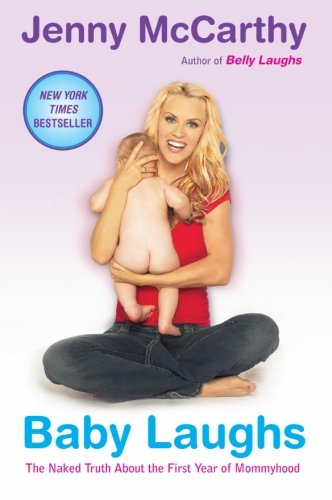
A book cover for Baby Laughs: The Naked Truth About the First Year of Mommyhood; Jenny McCarthy; Humor & Entertainment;